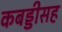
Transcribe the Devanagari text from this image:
कबड्डीसह